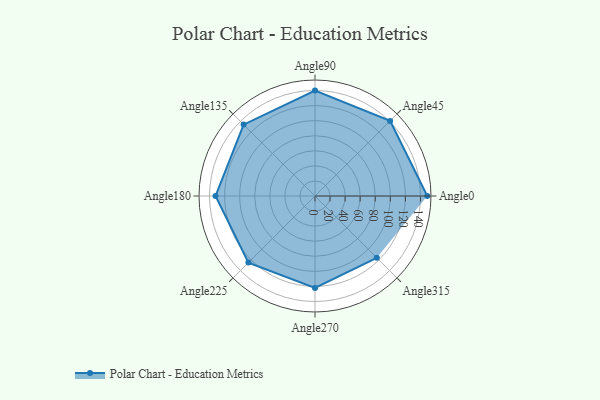
{"axis": {"x": "Angle", "y": "Radius"}, "legend": [""], "data": [{"x": "Angle0", "y": 149.0, "type": ""}, {"x": "Angle45", "y": 141.0, "type": ""}, {"x": "Angle90", "y": 140.0, "type": ""}, {"x": "Angle135", "y": 134.0, "type": ""}, {"x": "Angle180", "y": 132.0, "type": ""}, {"x": "Angle225", "y": 125.0, "type": ""}, {"x": "Angle270", "y": 122.0, "type": ""}, {"x": "Angle315", "y": 116.0, "type": ""}]}